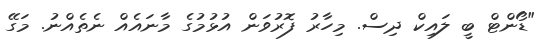
"ޑޯންޓް ބީ ލައިކް ދިސް. މިހާރު ފޮރުވަން އުޅުމުގެ މާނައެއް ނެތެއްނު. މަގޭ